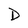
Character: D